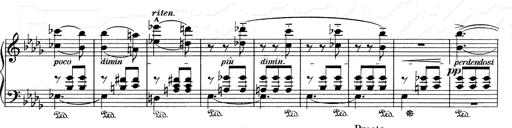
Title: Mephisto Waltz No.1
Composer: Franz Liszt